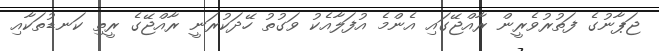
ޖަޕާނުގެ ފަތުރުވެރީން ރާއްޖޭގައި އެންމެ އުފަލާއެކު ވަގުތު ހޭދަކުރަނީ ރާއްޖޭގެ ރީތި ކަނޑުތަކާއި